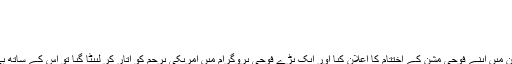
...
حالیہ جہادی کا روائیوں کی انفرادی خصوصیات
2015-12-24	اضف تعليق
شاہد غزنیوال جب امریکا نے 2014ء میں افغانستان میں اپنے فوجی مشن کے اختتام کا اعلان کیا اور ایک بڑے فوجی پروگرام میں امریکی پرچم کو اتار کر لپیٹا گیا تو اس کے ساتھ ہی کابل حکومت کے فنا کے خطرات بھی بڑھ گئے۔